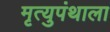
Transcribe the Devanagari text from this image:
मृत्युपंथाला